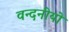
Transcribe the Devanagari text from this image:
वन्दनीयो